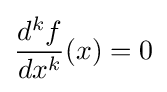
{\frac {d^{k}f}{dx^{k}}}(x)=0